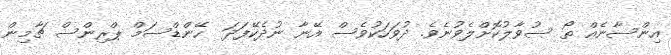
އިންސާނެއް ތޯ ސުވާލުކޮށްލެވުނެވެ. ދުވަހަކުވެސް އޭނާ ނުދެކޭފަދަ  ހޭންޑްސަމް ޕްރިންސް ޗާމިން